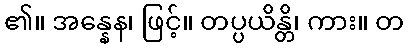
၏။ အန္နေန၊ ဖြင့်။ တပ္ပယိန္တိ၊ ကား။ တ